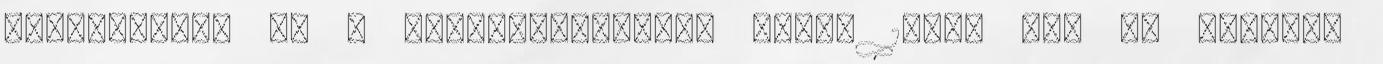
rádiózásról és a televíziózásról szóló 1996. évi I. törvény